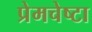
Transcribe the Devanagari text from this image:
प्रेमचेष्टा